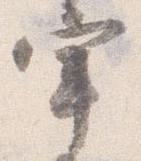
宰